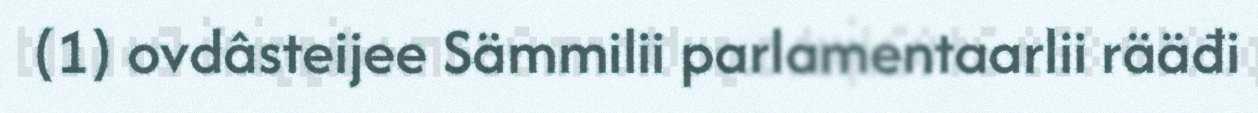
(1) ovdâsteijee Sämmilii parlamentaarlii rääđi